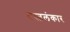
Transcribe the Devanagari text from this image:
वस्त्रलंकार